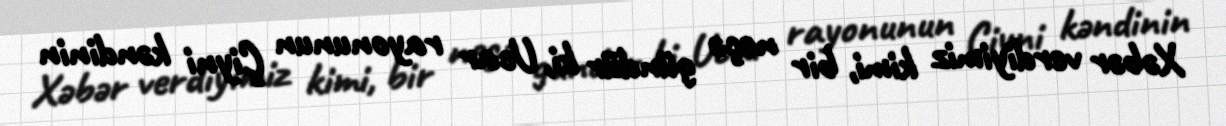
Xəbər verdiyimiz kimi, bir neçə gündür ki, Ucar rayonunun Çiyni kəndinin